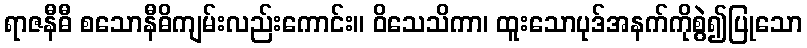
ရာဇနီဓီ စသောနီဓိကျမ်းလည်းကောင်း။ ဝိသေသိကာ၊ ထူးသောပုဒ်အနက်ကိုစွဲ၍ပြုသော